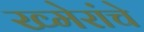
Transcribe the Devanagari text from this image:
ख्मेरांचे